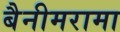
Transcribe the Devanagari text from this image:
बैनीमरामा